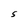
Character: S